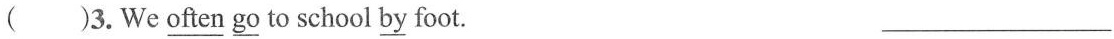
( )3.We \underline{often} \underline{go} to school \underline{by} foot. ___